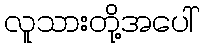
လူသားတို့အပေါ်